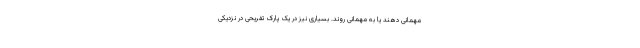
مهمانی دهند یا به مهمانی روند. بسیاری نیز در یک پارک تفریحی در نزدیکی